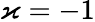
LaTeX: \varkappa=-1